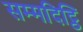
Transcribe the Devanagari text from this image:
सम्मदिट्ठि